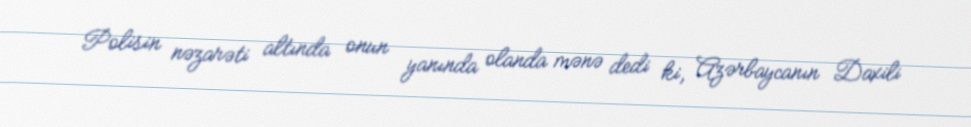
Polisin nəzarəti altında onun yanında olanda mənə dedi ki, Azərbaycanın Daxili